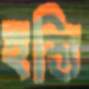
হস্তি